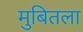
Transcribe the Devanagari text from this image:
मुबितला